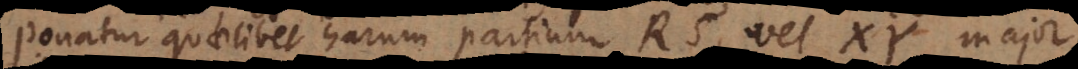
Ponatur quaelibet harum partium RS, vel XY major